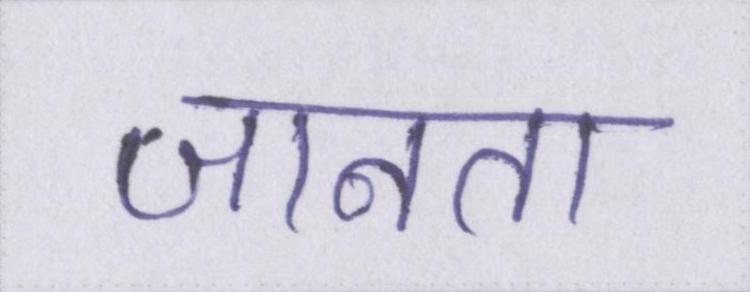
जानता